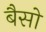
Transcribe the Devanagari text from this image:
बैसो